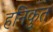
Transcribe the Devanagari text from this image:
हनिकुत